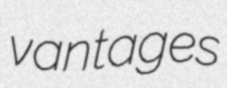
vantages